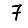
Digit: 7